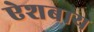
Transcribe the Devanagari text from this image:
ऐशबाय